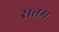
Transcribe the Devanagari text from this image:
सत्तम